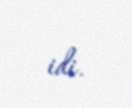
idi.